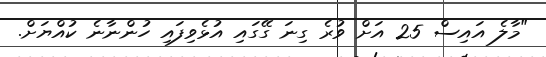
"މާލެ އައިސް 25 އަށް ވުރެ ގިނަ ގޭގައި އުޅެވިފައި ހުންނާނެ ކުއްޔަށް.